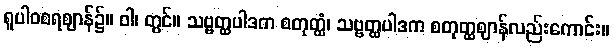
ရူပါဝစရဈာန်၌။ ဝါ၊ တွင်။ သဗ္ဗတ္ထပါဒက စတုတ္ထံ၊ သဗ္ဗတ္ထပါဒက စတုတ္ထဈာန်လည်းကောင်း။